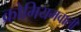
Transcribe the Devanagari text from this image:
क्रोमियमवाली